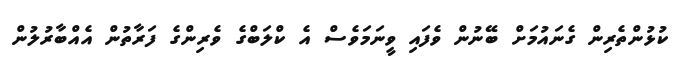
ކުޅުންތެރިން ގެނައުމަށް ބޭނުން ވެފައި ވީނަމަވެސް އެ ކްލަބްގެ ވެރިންގެ ފަރާތުން އެއްބާރުލުން